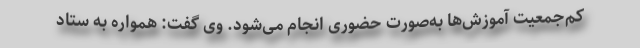
کم‌جمعیت آموزش‌ها به‌صورت حضوری انجام می‌شود. وی گفت: همواره به ستاد